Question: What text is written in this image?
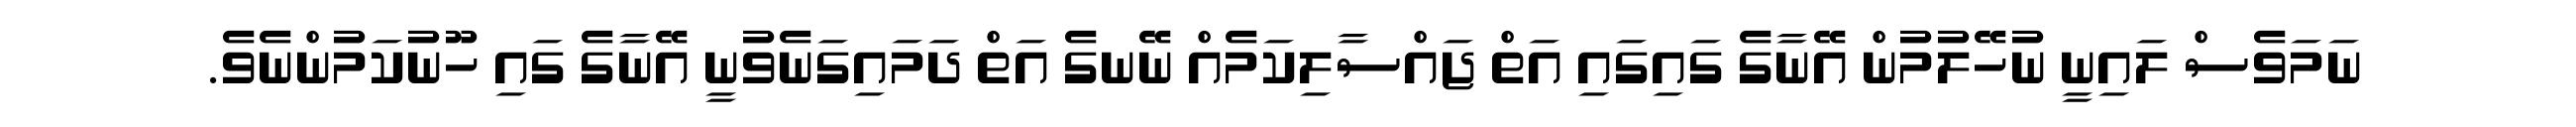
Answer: ނަމަވެސް ލައިނީ ނުހޭލުމުން އޭނާގެ ގައިގައި އަތް ޖައްސާލިކަމެއް ނޭނގެ އަތް ދަމައިގަނެވުނީ އޭނާގެ ގައި ހޫނުކަމުންނެވެ.